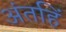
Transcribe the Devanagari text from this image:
अंतहिं